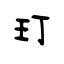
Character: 玎